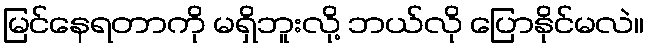
မြင်နေရတာကို မရှိဘူးလို့ ဘယ်လို ပြောနိုင်မလဲ။